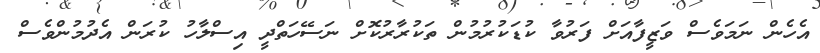
އެހެން ނަމަވެސް ވަޒީފާއަށް ފަރުވާ ކުޑަކުރުމުން ތަކުރާރުކޮށް ނަސޭހަތްދީ އިސްލާހު ކުރަން އެދުމުންވެސް